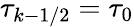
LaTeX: \tau_{k-1/2}=\tau_{0}